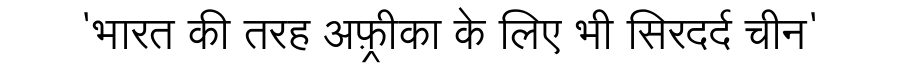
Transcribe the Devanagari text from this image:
'भारत की तरह अफ़्रीका के लिए भी सिरदर्द चीन'